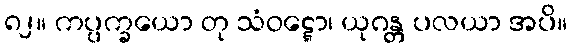
၈၂။ ကပ္ပက္ခယော တု သံဝဋ္ဋော၊ ယုဂန္တ ပလယာ အပိ။